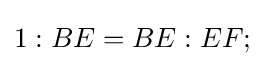
1:BE=BE:EF;